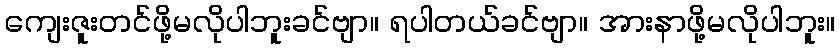
ကျေးဇူးတင်ဖို့မလိုပါဘူးခင်ဗျာ။ ရပါတယ်ခင်ဗျာ။ အားနာဖို့မလိုပါဘူး။